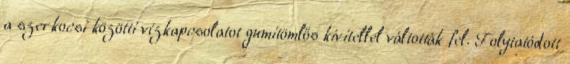
a szerkocsi közötti vízkapcsolatot gumitömlős kivitellel váltották fel. Folytatódott